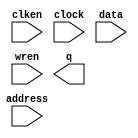
module RAMB16_S4_altera_new (
	address,
	clken,
	clock,
	data,
	wren,
	q);

	input	[7:0]  address;
	input	  clken;
	input	  clock;
	input	[11:0]  data;
	input	  wren;
	output	[11:0]  q;
`ifndef ALTERA_RESERVED_QIS
// synopsys translate_off
`endif
	tri1	  clken;
	tri1	  clock;
`ifndef ALTERA_RESERVED_QIS
// synopsys translate_on
`endif

endmodule